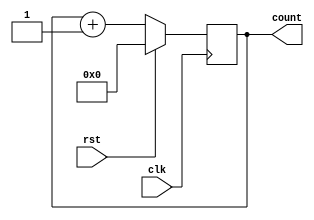
`timescale 1ns / 1ps
//////////////////////////////////////////////////////////////////////////////////
// Company: 
// Engineer: 
// 
// Design Name: 
// Module Name: Counter
// Project Name: 
// Target Devices: 
// Tool Versions: 
// Description: 
// 
// Dependencies: 
// 
// Revision:
// Revision 0.01 - File Created
// Additional Comments:
// 
//////////////////////////////////////////////////////////////////////////////////


module Counter2(
    rst,clk,count
    );
    input rst,clk;
    output [3:0] count;
    reg [3:0] count;
    always@(negedge clk) begin
        if(rst) count<=4'b0000;
        else count<=count+1;
    end
endmodule